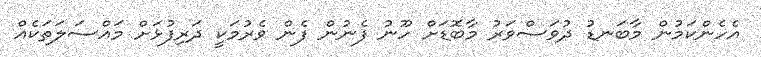
އެހެންކަމުން މާބަނޑު ދުވަސްވަރު މާބޮޑަށް ހޫނު ފެނުން ފެން ވެރުމަކީ ދަރިފުޅަށް މައްސަލަތަކެއް